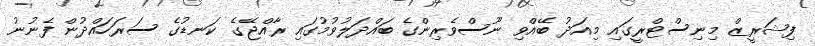
ފިޝަރީޒް މިނިސްޓްރީގައި މިއަދު ބޭއްވި ނޫސްވެރިންގެ ބައްދަލުވުމުގައި ރާއްޖޭގެ ކަނޑުގެ ސަރަހައްދުން ފެނުނު